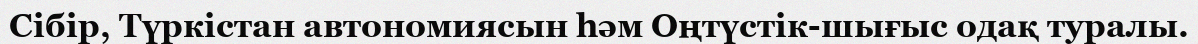
Сібір, Түркістан автономиясын һәм Оңтүстік-шығыс одақ туралы.